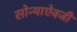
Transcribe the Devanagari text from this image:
सोन्याऐवजी